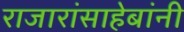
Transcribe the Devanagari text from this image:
राजारांसाहेबांनी